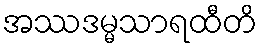
အဿဒမ္မသာရထီတိ